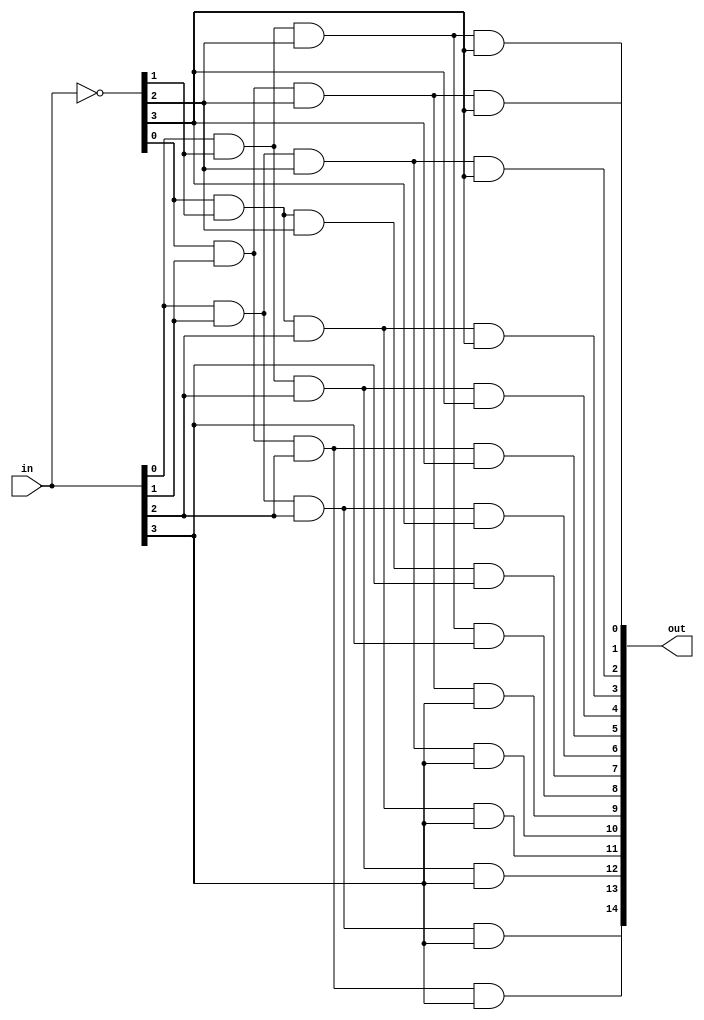
module decoder4to16 (in,out);
	// Output signals representing the 11-bit decoded vector
	output reg [15:1] out;
	
	
	// Input signals representing the 15-bit input
	input [3:0] in;
	
	
	// Declare "reg" signals...
	reg [3:0] in_bar;
	// Declare "wire" signals...
	// Defining constants: parameter [name_of_constant] = value;
	
	
	always @(*)
	begin
		// Invert the inputs...
		in_bar=~in;
		
		// Don't define out[0] because you don't wanna flip correct outputs
		//out[0]=in_bar[0]	&	in_bar[1]	&	in_bar[2]	&	in_bar[3];
		out[1]=in[0]		&	in_bar[1]	&	in_bar[2]	&	in_bar[3];
		out[2]=in_bar[0]	&	in[1]		&	in_bar[2]	&	in_bar[3];
		out[3]=in[0]		&	in[1]		&	in_bar[2]	&	in_bar[3];
		out[4]=in_bar[0]	&	in_bar[1]	&	in[2]		&	in_bar[3];
		out[5]=in[0]		&	in_bar[1]	&	in[2]		&	in_bar[3];
		out[6]=in_bar[0]	&	in[1]		&	in[2]		&	in_bar[3];
		out[7]=in[0]		&	in[1]		&	in[2]		&	in_bar[3];
		out[8]=in_bar[0]	&	in_bar[1]	&	in_bar[2]	&	in[3];
		out[9]=in[0]		&	in_bar[1]	&	in_bar[2]	&	in[3];
		out[10]=in_bar[0]	&	in[1]		&	in_bar[2]	&	in[3];
		out[11]=in[0]		&	in[1]		&	in_bar[2]	&	in[3];
		out[12]=in_bar[0]	&	in_bar[1]	&	in[2]		&	in[3];
		out[13]=in[0]		&	in_bar[1]	&	in[2]		&	in[3];
		out[14]=in_bar[0]	&	in[1]		&	in[2]		&	in[3];
		out[15]=in[0]		&	in[1]		&	in[2]		&	in[3];

	end
	
	
endmodule